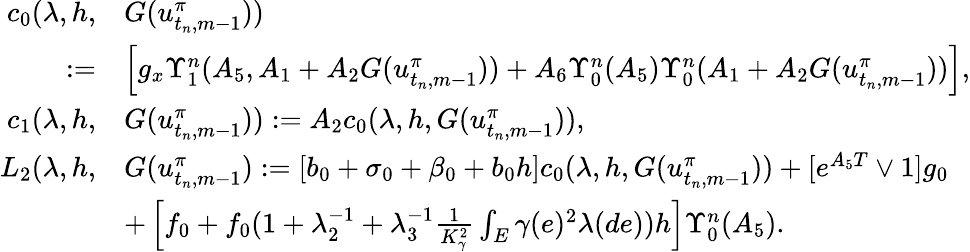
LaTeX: \begin{array}{r}{\begin{array}{rl}{c_{0}(\lambda,h,}&{G(u_{t_{n},m-1}^{\pi}))}\\ {:=}&{\left[g_{x}\Upsilon_{1}^{n}(A_{5},A_{1}+A_{2}G(u_{t_{n},m-1}^{\pi}))+A_{6}\Upsilon_{0}^{n}(A_{5})\Upsilon_{0}^{n}(A_{1}+A_{2}G(u_{t_{n},m-1}^{\pi}))\right],}\\ {c_{1}(\lambda,h,}&{G(u_{t_{n},m-1}^{\pi})):=A_{2}c_{0}(\lambda,h,G(u_{t_{n},m-1}^{\pi})),}\\ {L_{2}(\lambda,h,}&{G(u_{t_{n},m-1}^{\pi}):=[b_{0}+\sigma_{0}+\beta_{0}+b_{0}h]c_{0}(\lambda,h,G(u_{t_{n},m-1}^{\pi}))+[e^{A_{5}T}\vee 1]g_{0}}\\ &{+\left[f_{0}+f_{0}(1+\lambda_{2}^{-1}+\lambda_{3}^{-1}\frac{1}{K_{\gamma}^{2}}\int_{E}\gamma(e)^{2}\lambda(de))h\right]\Upsilon_{0}^{n}(A_{5}).}\end{array}}\end{array}